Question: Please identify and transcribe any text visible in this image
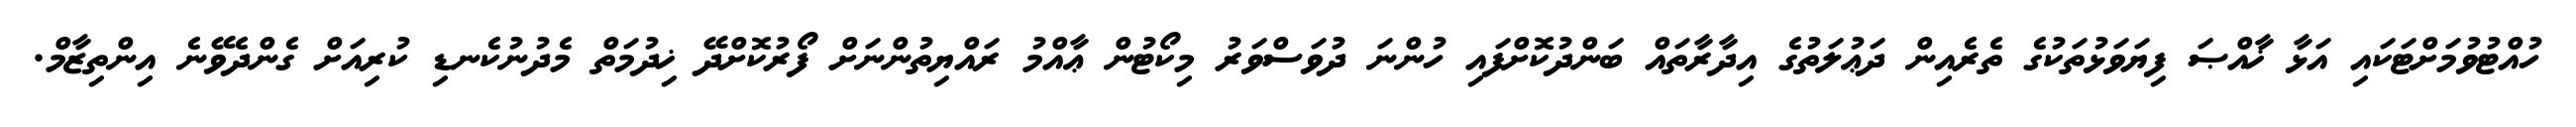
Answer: ހުއްޓުވުމަށްޓަކައި އަޅާ ޚާއްޞަ ފިޔަވަޅުތަކުގެ ތެރެއިން ދަޢުލަތުގެ އިދާރާތައް ބަންދުކޮށްފައި ހުންނަ ދުވަސްވަރު މިކޯޓުން ޢާއްމު ރައްޔިތުންނަށް ފޯރުކޮށްދޭ ޚިދުމަތް މެދުނުކެނޑި ކުރިއަށް ގެންދެވޭނެ އިންތިޒާމް.